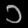
Digit: ၁